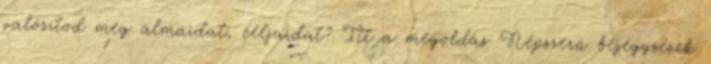
valósítod meg álmaidat, céljaidat? Itt a megoldás Népszerű bejegyzések